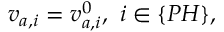
v _ { a , i } = v _ { a , i } ^ { 0 } , \ i \in \{ P H \} ,